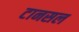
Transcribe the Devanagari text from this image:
टानसल